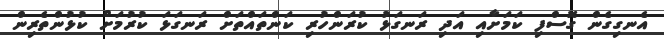
އެނގިގެން ގޮސްފި ކަމަށާއި އަދި ރަނގަޅު ކުރަންހުރި ކަންތައްތަށް ރަނގަޅަ ކުރުމަށް ކުޅުންތެރިން